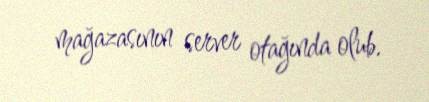
mağazasının server otağında olub.